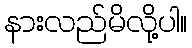
နားလည်မိလို့ပါ။